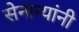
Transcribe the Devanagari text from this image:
सेनान्यांनी